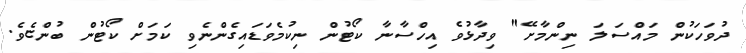
ދުވަހަކުން މައްސަލަ ނިންމާށޭ" ވިދާޅުވެ އިހްސާނާ ކޯޓުން ނިކުމެވަޑައިގެންނެވި ކަމަށް ކޯޓުން ބުންޏެވެ.